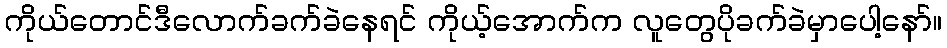
ကိုယ်တောင်ဒီလောက်ခက်ခဲနေရင် ကိုယ့်အောက်က လူတွေပိုခက်ခဲမှာပေါ့နော်။